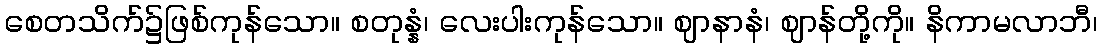
စေတသိက်၌ဖြစ်ကုန်သော။ စတုန္နံ၊ လေးပါးကုန်သော။ ဈာနာနံ၊ ဈာန်တို့ကို။ နိကာမလာဘီ၊